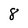
Character: 8